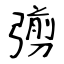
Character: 彅